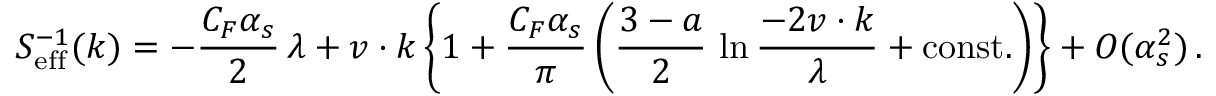
S _ { \mathrm { e f f } } ^ { - 1 } ( k ) = - { \frac { C _ { F } \alpha _ { s } } { 2 } } \, \lambda + v \cdot k \, \bigg \{ 1 + { \frac { C _ { F } \alpha _ { s } } { \pi } } \, \bigg ( { \frac { 3 - a } { 2 } } \, \ln { \frac { - 2 v \cdot k } { \lambda } } + \mathrm { c o n s t . } \bigg ) \bigg \} + O ( \alpha _ { s } ^ { 2 } ) \, .